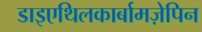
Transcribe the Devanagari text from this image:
डाइएथिलकार्बामज़ेपिन